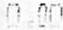
0.00